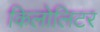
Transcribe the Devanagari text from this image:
किलोलिटर